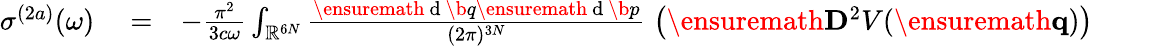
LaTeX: \begin{array}{rlr}{\sigma^{(2a)}(\omega)}&{{}=}&{-\frac{\pi^{2}}{3c\omega}\int_{\mathbb{R}^{6N}}\frac{\ensuremath{\mathrm{~d~}}\b{q}\ensuremath{\mathrm{~d~}}\b{p}}{(2\pi)^{3N}}\; \left(\ensuremath{\mathbf{D}}^{2}V(\ensuremath{\mathbf{q}})\right)\phantom{xxxxx}}\end{array}